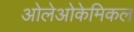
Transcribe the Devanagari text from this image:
ओलेओकेमिकल